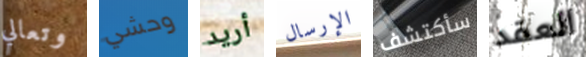
وتعالي وحشي أريد الإرسال سأكتشف العقد